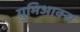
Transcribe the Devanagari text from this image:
ग्रुमिआक्स